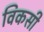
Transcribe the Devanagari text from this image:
विकसी